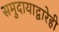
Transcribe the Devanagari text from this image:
समुदायाद्वारेही